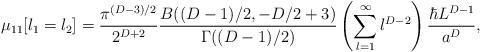
LaTeX: \begin{align*}\mu_{11}[l_1=l_2]={\pi^{(D-3)/2}\over 2^{D+2}} {B((D-1)/2,-D/2+3)\over \Gamma((D-1)/2)} \left(\sum_{l=1}^{\infty} l^{D-2} \right){\hbar L^{D-1}\over a^D},\end{align*}